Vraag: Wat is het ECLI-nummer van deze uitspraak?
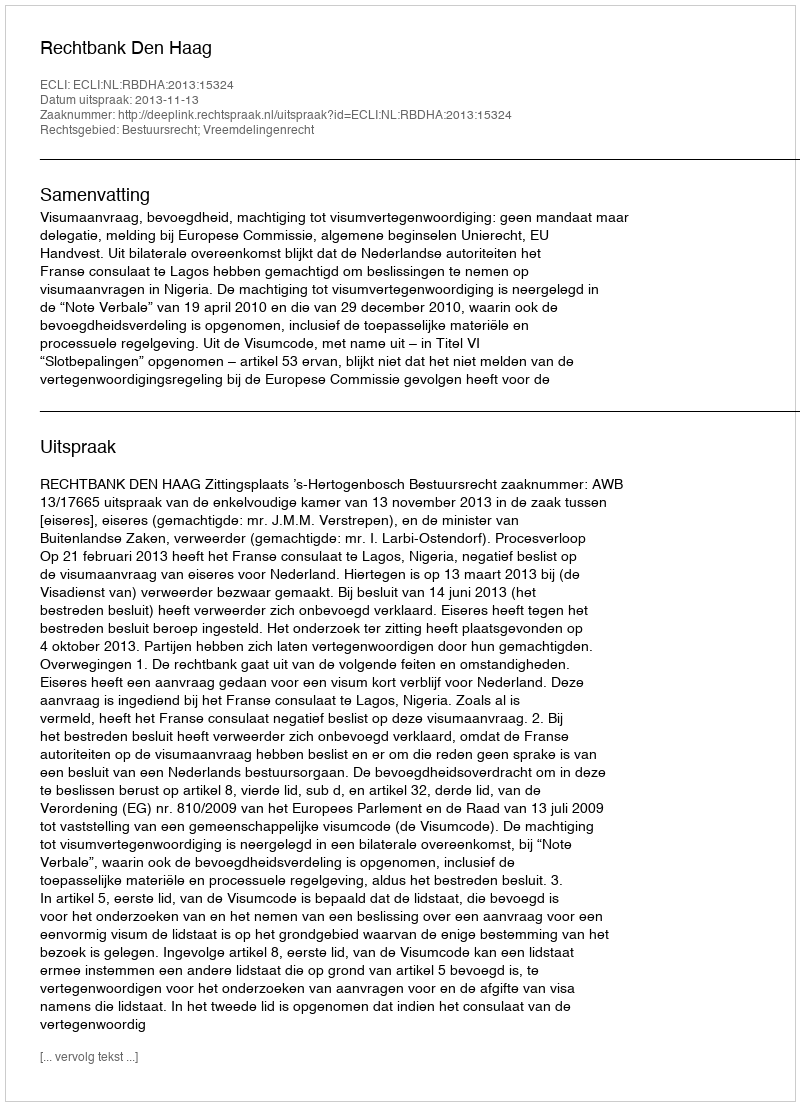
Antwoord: ECLI:NL:RBDHA:2013:15324